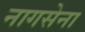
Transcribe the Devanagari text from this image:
नागसेना